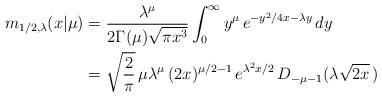
LaTeX: \begin{align*} m_{1/2,\lambda}(x|\mu) &= \frac{\lambda^\mu}{2\Gamma(\mu)\sqrt{\pi x^3}} \int_0^\infty y^\mu \, e^{-y^2/4x-\lambda y} \, dy \\ &= \sqrt{\frac{2}{\pi}}\, \mu\lambda^\mu\, (2x)^{\mu/2-1} \, e^{\lambda^2 x/2}\, D_{-\mu-1}(\lambda\sqrt{2x}\,) \end{align*}